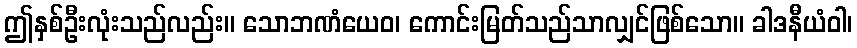
ဤနှစ်ဦးလုံးသည်လည်း။ သောဘဏံယေဝ၊ ကောင်းမြတ်သည်သာလျှင်ဖြစ်သော။ ခါဒနီယံဝါ၊